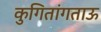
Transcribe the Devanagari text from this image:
कुगितांगताऊ